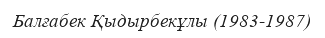
Балғабек Қыдырбекұлы (1983-1987)